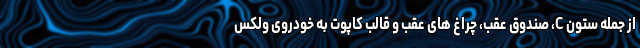
از جمله ستون C، صندوق عقب، چراغ های عقب و قالب کاپوت به خودروی ولکس